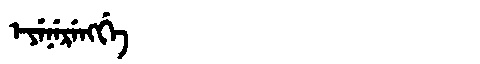
Manchu: ᡝᠶᡝᠨᡝᡵᡝᠩᡤᡝ
Romanization: EYENERENGGE